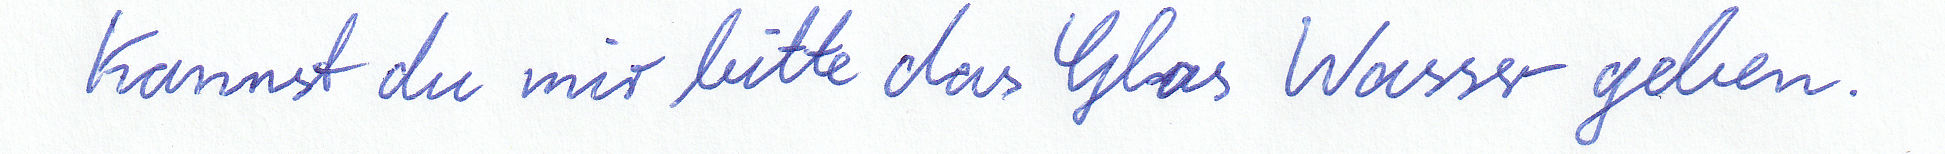
Kannst du mir bitte das Glas Wasser geben.